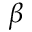
\beta